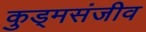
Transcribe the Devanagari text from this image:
कुड्मसंजीव